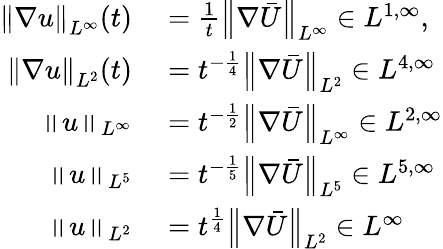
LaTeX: \begin{array}{rl}{\left\lVert\nabla u\right\rVert_{L^{\infty}}(t)}&{{}=\frac 1t\left\lVert\nabla\bar{U}\right\rVert_{L^{\infty}}\in L^{1,\infty},}\\ {\left\lVert\nabla u\right\rVert_{L^{2}}(t)}&{{}=t^{-\frac 14}\left\lVert\nabla\bar{U}\right\rVert_{L^{2}}\in L^{4,\infty}}\\ {\left\lVert u\right\rVert_{L^{\infty}}}&{{}=t^{-\frac 12}\left\lVert\nabla\bar{U}\right\rVert_{L^{\infty}}\in L^{2,\infty}}\\ {\left\lVert u\right\rVert_{L^{5}}}&{{}=t^{-\frac 15}\left\lVert\nabla\bar{U}\right\rVert_{L^{5}}\in L^{5,\infty}}\\ {\left\lVert u\right\rVert_{L^{2}}}&{{}=t^{\frac 14}\left\lVert\nabla\bar{U}\right\rVert_{L^{2}}\in L^{\infty}}\end{array}